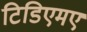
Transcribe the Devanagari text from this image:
टिडिएमए